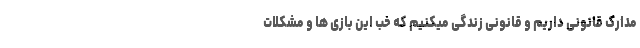
مدارک قانونی داریم و قانونی زندگی میکنیم که خب این بازی ها و مشکلات